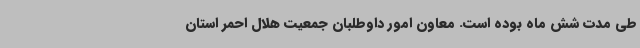
طی مدت شش ماه بوده است. معاون امور داوطلبان جمعیت هلال احمر استان